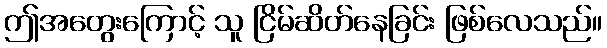
ဤအတွေးကြောင့် သူ ငြိမ်ဆိတ်နေခြင်း ဖြစ်လေသည်။